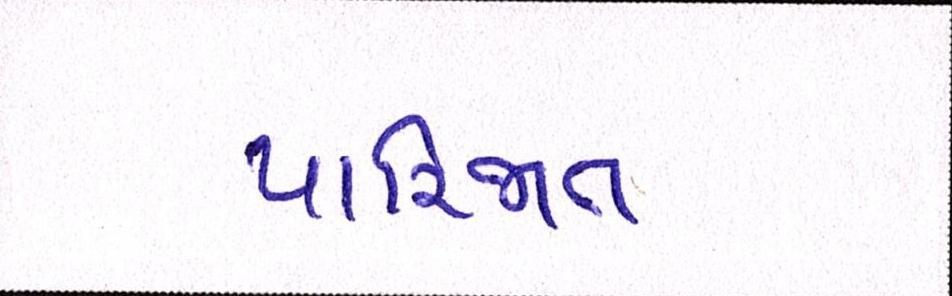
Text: પારિજાત